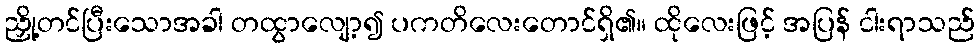
ညှို့တင်ပြီးသောအခါ တထွာလျော့၍ ပကတိလေးတောင်ရှိ၏။ ထိုလေးဖြင့် အပြန် ငါးရာသည်